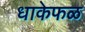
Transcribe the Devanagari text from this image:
धाकेफळ